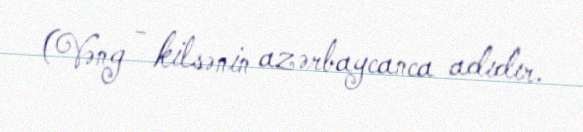
(Vəng - kilsənin azərbaycanca adıdır.